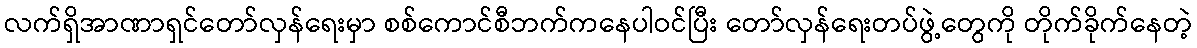
လက်ရှိအာဏာရှင်တော်လှန်ရေးမှာ စစ်ကောင်စီဘက်ကနေပါဝင်ပြီး တော်လှန်ရေးတပ်ဖွဲ့တွေကို တိုက်ခိုက်နေတဲ့